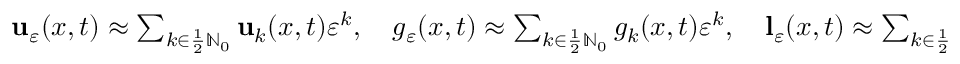
\begin{array} { r } { \mathbf { u } _ { \ensuremath { \varepsilon } } ( x , t ) \approx \sum _ { k \in \frac 1 2 \ensuremath { \mathbb { N } } _ { 0 } } \mathbf { u } _ { k } ( x , t ) \ensuremath { \varepsilon } ^ { k } , \quad g _ { \ensuremath { \varepsilon } } ( x , t ) \approx \sum _ { k \in \frac 1 2 \ensuremath { \mathbb { N } } _ { 0 } } g _ { k } ( x , t ) \ensuremath { \varepsilon } ^ { k } , \quad \mathbf { l } _ { \ensuremath { \varepsilon } } ( x , t ) \approx \sum _ { k \in \frac 1 2 \ensuremath { \mathbb { N } } _ { 0 } } \mathbf { l } _ { k } ( x , t ) \ensuremath { \varepsilon } ^ { k } } \end{array}